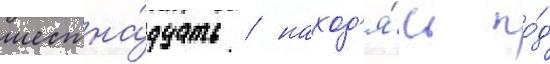
шестна́дцать / наход'я́сь по́д